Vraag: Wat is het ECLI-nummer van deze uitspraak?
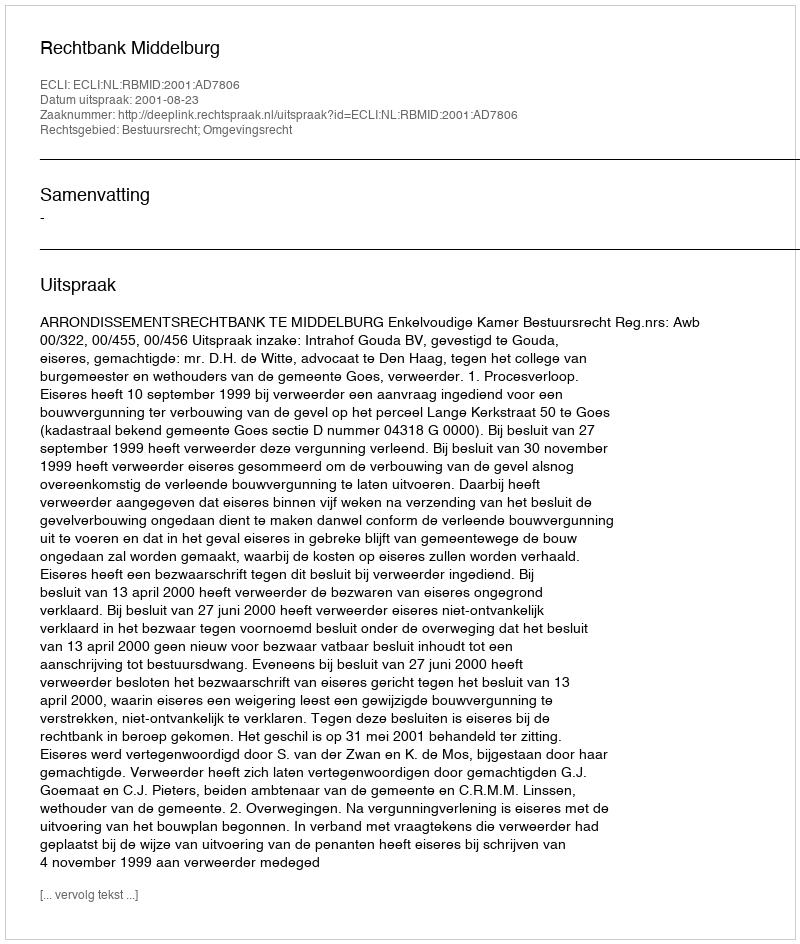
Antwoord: ECLI:NL:RBMID:2001:AD7806